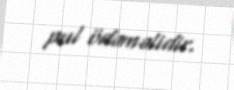
pul ödəməlidir.